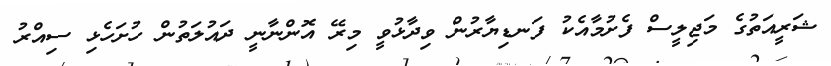
ޝަރީއަތުގެ މަޖިލީސް ފެށުމާއެކު ފަނޑިޔާރުން ވިދާޅުވީ މިރޭ އޮންނާނީ ދައުލަތުން ހުށަހެޅި ސިއްރު